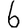
Digit: 6